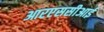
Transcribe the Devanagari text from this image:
आरएससीआई